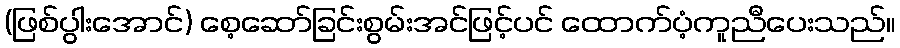
(ဖြစ်ပွါးအောင်) စေ့ဆော်ခြင်းစွမ်းအင်ဖြင့်ပင် ထောက်ပံ့ကူညီပေးသည်။